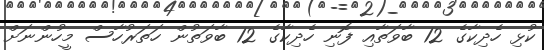
ކުޅި ހެދިކާގެ 12 ބާވަތާއި ފޮނި ހެދިކާގެ 12 ބާވަތުން ހަތަރުހާސް މީހުންނަށް